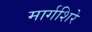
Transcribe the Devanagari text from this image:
मार्गशिरे